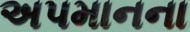
અપમાનના